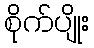
စိုက်ပျိုး